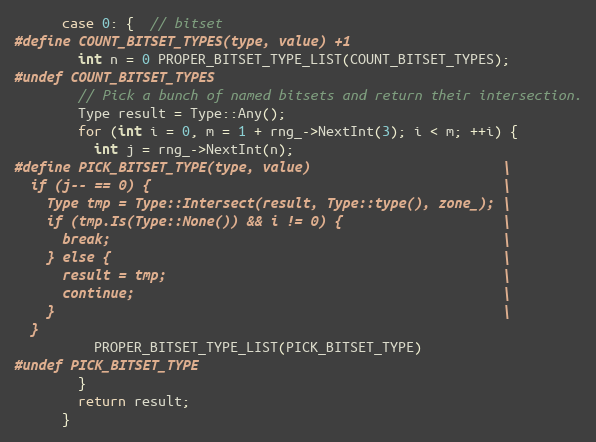
Language: C
      case 0: {  // bitset
#define COUNT_BITSET_TYPES(type, value) +1
        int n = 0 PROPER_BITSET_TYPE_LIST(COUNT_BITSET_TYPES);
#undef COUNT_BITSET_TYPES
        // Pick a bunch of named bitsets and return their intersection.
        Type result = Type::Any();
        for (int i = 0, m = 1 + rng_->NextInt(3); i < m; ++i) {
          int j = rng_->NextInt(n);
#define PICK_BITSET_TYPE(type, value)                        \
  if (j-- == 0) {                                            \
    Type tmp = Type::Intersect(result, Type::type(), zone_); \
    if (tmp.Is(Type::None()) && i != 0) {                    \
      break;                                                 \
    } else {                                                 \
      result = tmp;                                          \
      continue;                                              \
    }                                                        \
  }
          PROPER_BITSET_TYPE_LIST(PICK_BITSET_TYPE)
#undef PICK_BITSET_TYPE
        }
        return result;
      }